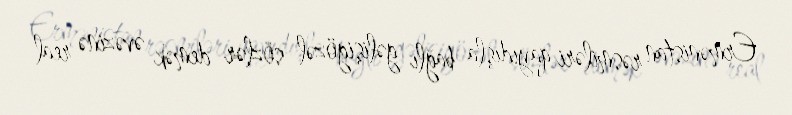
Ermənistan rəsmiləri qayıdışla bağlı gəlişigözəl sözlər demək əvəzinə real